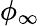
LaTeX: \phi_{\infty}